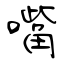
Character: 嘴